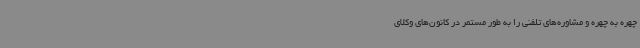
چهره به چهره و مشاوره‌های تلفنی را به طور مستمر در کانون‌های وکلای